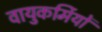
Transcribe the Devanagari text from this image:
वायुकर्मियों